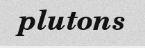
plutons